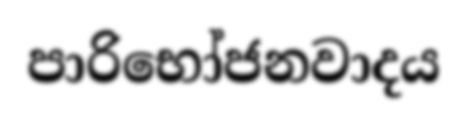
පාරිභෝජනවාදය